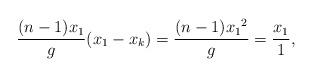
LaTeX: \begin{align*} \frac{(n-1)x_1}{g} (x_1-x_k)=\frac{(n-1){x_1}^2}{g}=\frac{x_1}{1},\end{align*}